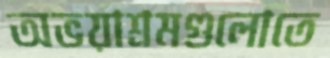
অভয়াশ্রমগুলোতে